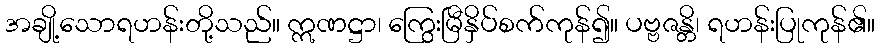
အချို့သောရဟန်းတို့သည်။ ဣဏဋ္ဌာ၊ ကြွေးမြီနှိပ်စက်ကုန်၍။ ပဗ္ဗဇန္တိ၊ ရဟန်းပြုကုန်၏။